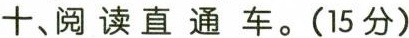
十、阅读直通车。(15分)